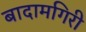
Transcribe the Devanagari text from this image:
बादामगिरी